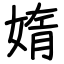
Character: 媠